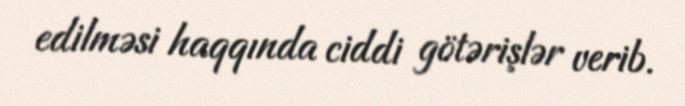
edilməsi haqqında ciddi götərişlər verib.